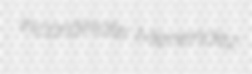
incardinate Menendez